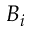
B _ { i }